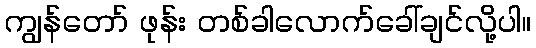
ကျွန်တော် ဖုန်း တစ်ခါလောက်ခေါ်ချင်လို့ပါ။